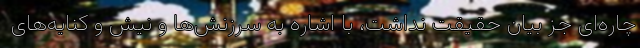
چاره‌ای جز بیان حقیقت نداشت، با اشاره به سرزنش‌ها و نیش و کنایه‌های